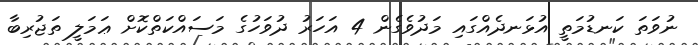
ނުވަތަ ކަނޑުމަތީ އުޅަނދެއްގައި މަދުވެގެން 4 އަހަރު ދުވަހުގެ މަސައްކަތްކޮށް ޢަމަލީ ތަޖުރިބާ